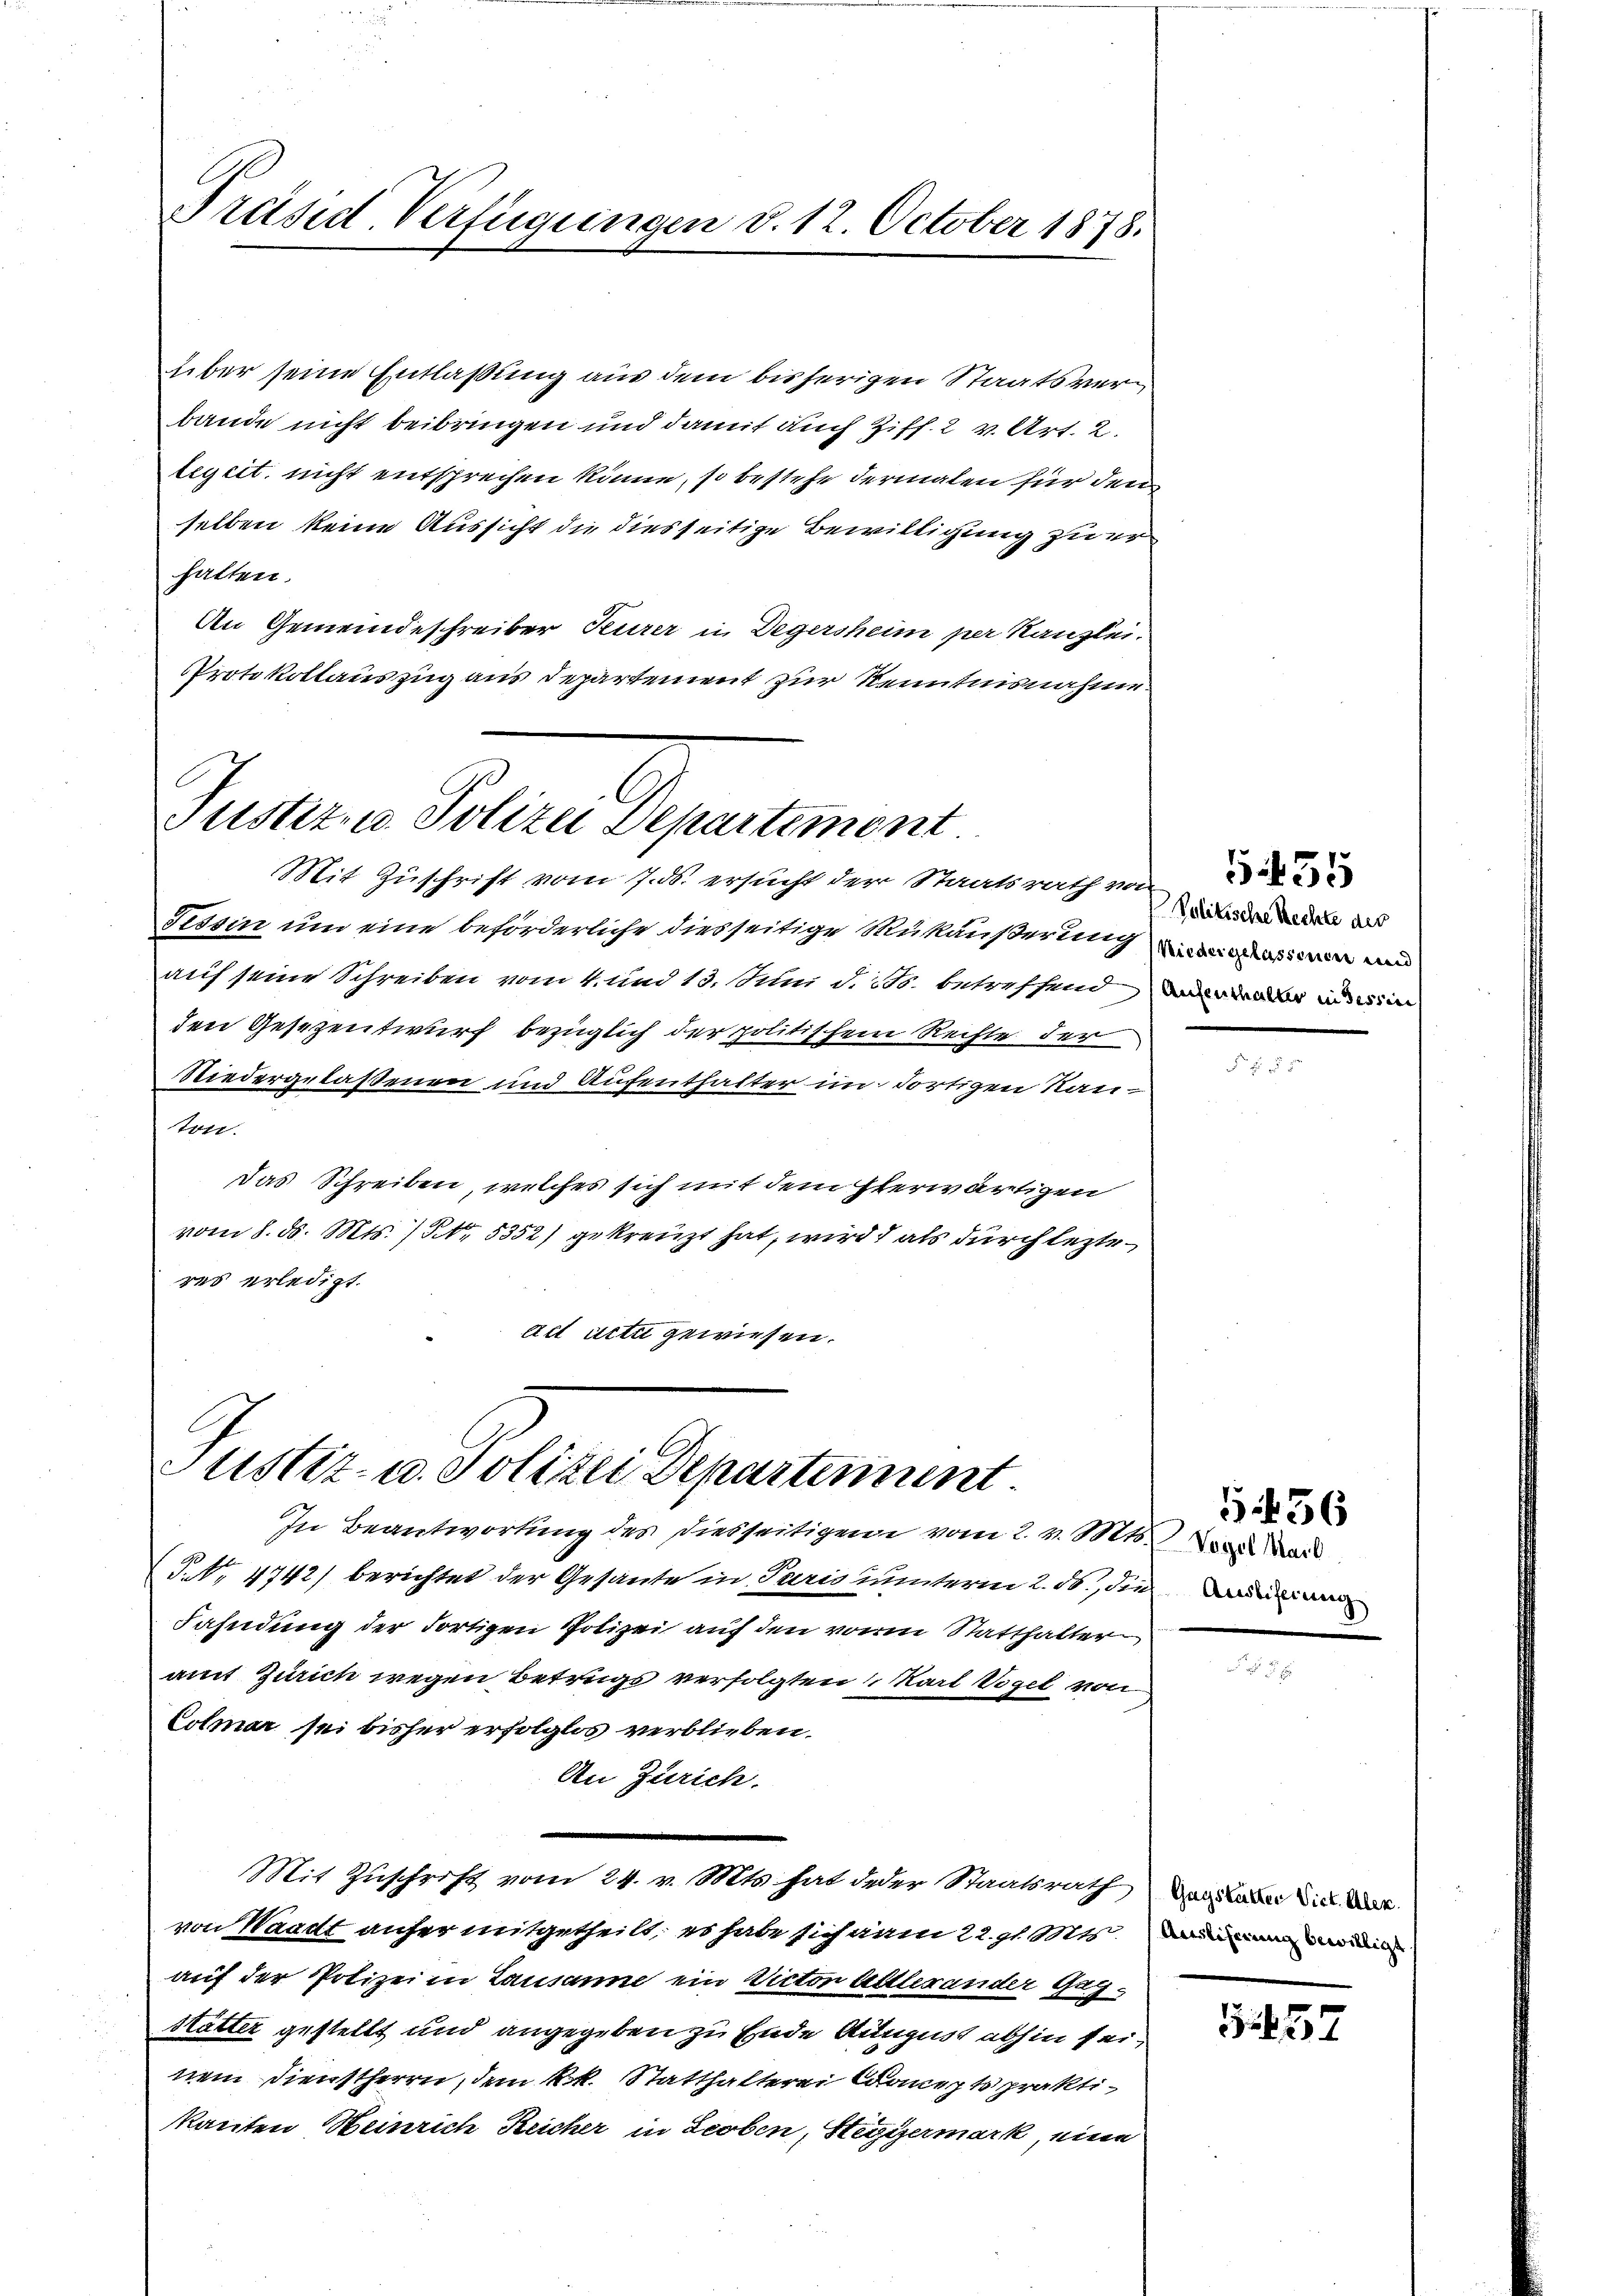
Präsid-Verfügungen v. 12. October 1878.

über seine Entlaßung aus dem bisherigen Staatsverbande nicht beibringen und damit auch Ziff. 2 v. Art. 2.
legitt. nicht entsprechen könne, so bestehe dermalen für den
selben keine Aussicht die diesseitige Bewilligung zu erhatten.
An Gemeindeschreiber Feurer in Degersheim per Kanzlei.
PProtokollauszug aus Departement zur Kenntnisnahme.

C
Justiz- u. Polizei Departement
Mit Zuschrift vom 7. ds. ersucht der Staatsrath von

Tessin um eine beförderliche diesseitige Mukäußerung und dassen und
auf seine Schreiben vom 4. und 13. Schu d. Mts. betreffend wird mein
den Gesezentwurf bezüglich der politischem Rechte der
Niedergelaßenen und Aufenthalter im dortigen Rauton.
das Schreiben, welches sich mit dem Eherwärtigen
vom 8. d. Mts. (Nr. 5352) gekreuzt hat, wird als durch lezte
res erledigt.
act acti gewiesen.

Justiz- u. Polizei Departement.
In Beantwortung des Diesseitigen vom 2. v. Mts. Von Ward

J No. 4742) berichtet der Gesante in Paris unterm 2. ds., die Baumann
Fahndung der dortigen Polizei auf den voren Statthalter
amt Zürich wegen Betrüge verfolgten Karl Vogel von
Colmar sei bisher erfolglos verblieben.
An Zürich.
Mit Zuschrift vom 24. v. Mts. hat jeder Staatsrath das Lader die Ane
von Waadt anher mitgetheilt, es habe sich vom 22. gl. Mts. im
auf der Polizei in Lausanne ein Victor Altlerander Gag¬
Hätter gestellt und angegeben zu Ende August abhin sei,
nem Dienstherrn, dem kk. Statthalterei Compt praktikanten Heinrich Reicher in Leoben, Hegigermark, eine

Politische Rechte des

555

G 436

457